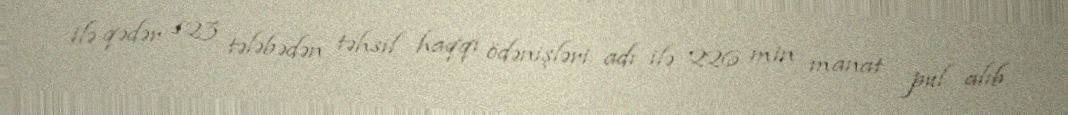
ilə qədər 123 tələbədən təhsil haqqı ödənişləri adı ilə 226 min manat pul alıb.